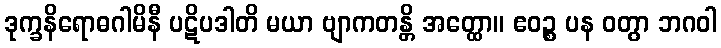
ဒုက္ခနိရောဓဂါမိနီ ပဋိပဒါတိ မယာ ဗျာကတန္တိ အတ္ထော။ ဧဝဉ္စ ပန ဝတွာ ဘဂဝါ